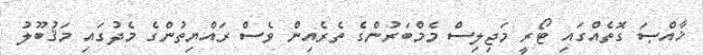
ޚާއްޞަ ގޮތެއްގައި ޓޯރީ މަޖިލިސް މެމްބަރުންގެ ތެރެއިން ވެސް ރައްޔިތުންގެ މެދުގައި މަޤުބޫލު